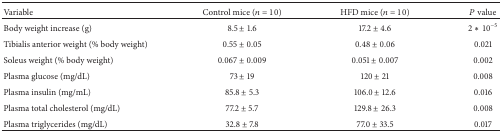
<table><thead><tr><td><b>Variable</b></td><td><b>Control mice (<i>n</i> = 10)</b></td><td><b>HFD mice (<i>n</i> = 10)</b></td><td><b><i>P</i> value</b></td></tr></thead><tbody><tr><td>Body weight increase (g)</td><td>8.5 ± 1.6</td><td>17.2 ± 4.6</td><td>2∗10<sup>−5</sup></td></tr><tr><td>Tibialis anterior weight (% body weight)</td><td>0.55 ± 0.05</td><td>0.48 ± 0.06</td><td>0.021</td></tr><tr><td>Soleus weight (% body weight)</td><td>0.067 ± 0.009</td><td>0.051 ± 0.007</td><td>0.002</td></tr><tr><td>Plasma glucose (mg/dL)</td><td>73 ± 19</td><td>120 ± 21</td><td>0.008</td></tr><tr><td>Plasma insulin (mg/mL)</td><td>85.8 ± 5.3</td><td>106.0 ± 12.6</td><td>0.016</td></tr><tr><td>Plasma total cholesterol (mg/dL)</td><td>77.2 ± 5.7</td><td>129.8 ± 26.3</td><td>0.008</td></tr><tr><td>Plasma triglycerides (mg/dL)</td><td>32.8 ± 7.8</td><td>77.0 ± 33.5</td><td>0.017</td></tr></tbody></table>